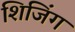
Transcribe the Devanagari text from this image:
शिजिंग